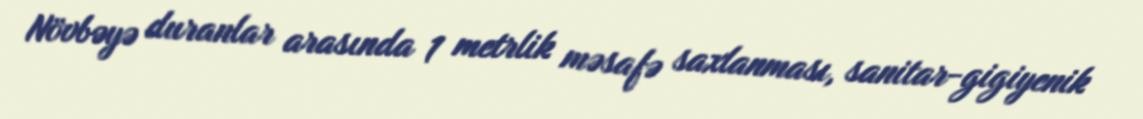
Növbəyə duranlar arasında 1 metrlik məsafə saxlanması, sanitar-gigiyenik